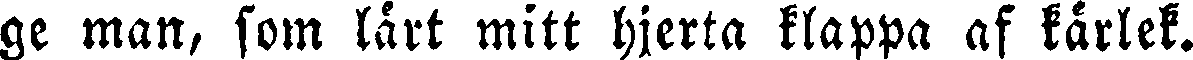
ge man, som lärt mitt hjerta klappa af kärlek.